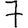
Digit: 7